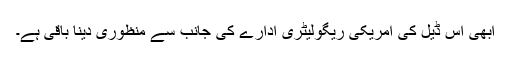
ابھی اس ڈیل کی امریکی ریگولیٹری ادارے کی جانب سے منظوری دینا باقی ہے۔